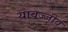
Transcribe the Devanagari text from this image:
यावज्जीवं